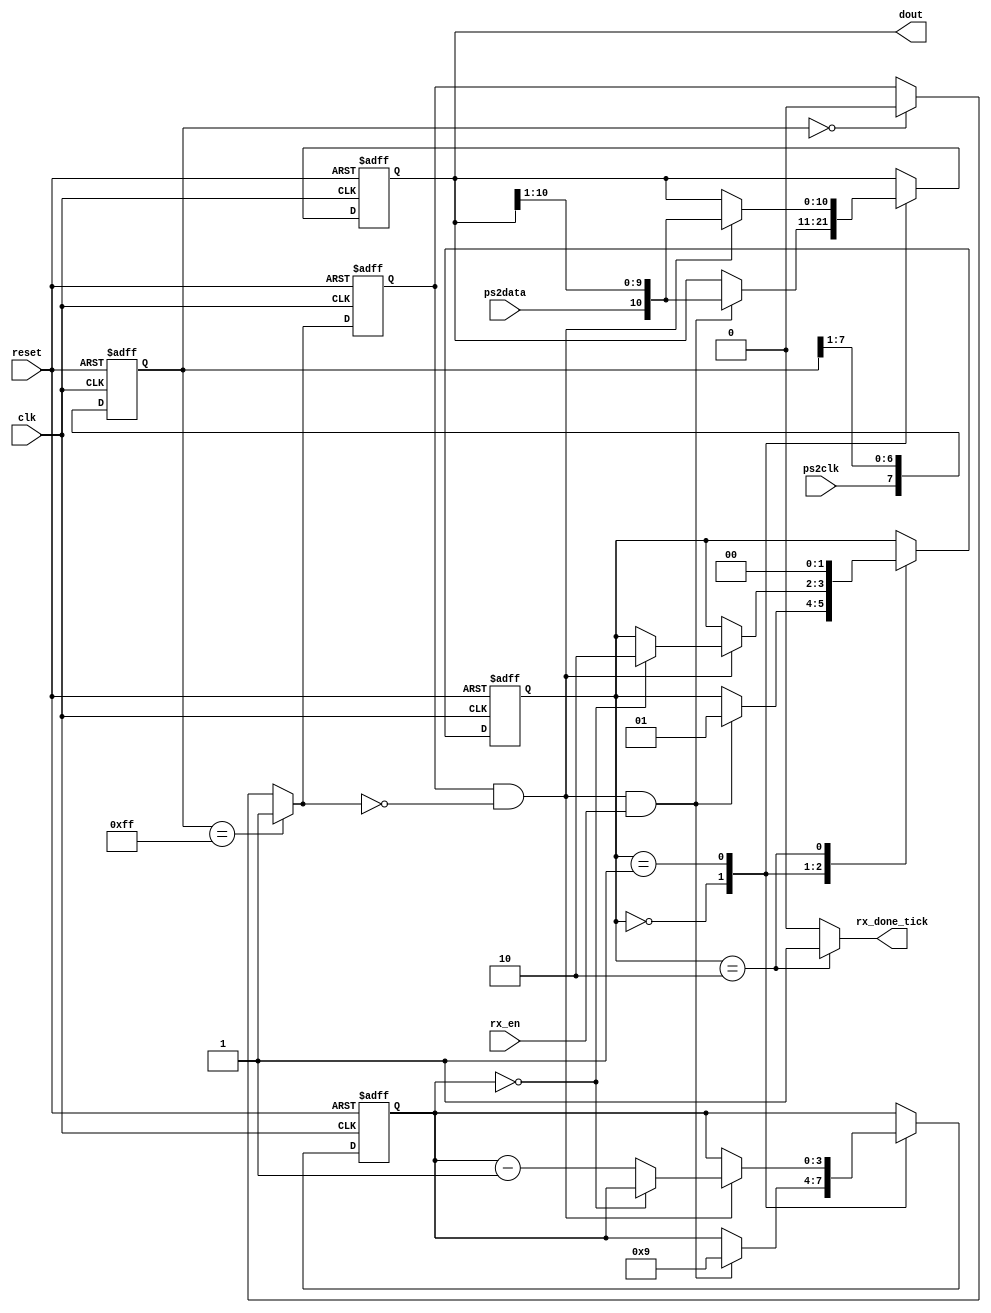
module receptor_teclado_ps2   
(
input wire clk, reset,
input wire ps2data, ps2clk, rx_en,
output reg rx_done_tick,
output wire [10:0] dout
);
localparam [1:0]
	idle = 2'b00,
	dps  = 2'b01,
	load = 2'b10;
reg [1:0] state_reg, state_next;
reg [7:0] filter_reg;
wire [7:0] filter_next;
reg f_ps2clk_reg;
wire f_ps2clk_next;
reg [3:0] n_reg, n_next;
reg [10:0] assembled_data_reg, assembled_data_next; 
wire fall_edge;
always @(posedge clk, posedge reset)
if (reset)
	begin
		filter_reg <= 0;
		f_ps2clk_reg <= 0;
	end
else
	begin
		filter_reg <= filter_next;
		f_ps2clk_reg <= f_ps2clk_next;
	end
assign filter_next = {ps2clk, filter_reg[7:1]};
assign f_ps2clk_next = (filter_reg==8'b11111111) ? 1'b1 :
							(filter_reg==8'b00000000) ? 1'b0 :
							 f_ps2clk_reg;
assign fall_edge = f_ps2clk_reg & ~f_ps2clk_next;
always @(posedge clk, posedge reset)
	if (reset)
		begin
			state_reg <= idle;
			n_reg <= 0;
			assembled_data_reg <= 0;
		end
	else
		begin
			state_reg <= state_next;
			n_reg <= n_next;
			assembled_data_reg <= assembled_data_next;
		end
always @*
begin
	state_next = state_reg;
	rx_done_tick = 1'b0;
	n_next = n_reg;
	assembled_data_next = assembled_data_reg;
	case (state_reg)
		idle:
			if (fall_edge & rx_en)
				begin
					assembled_data_next = {ps2data, assembled_data_reg[10:1]};
					n_next = 4'b1001;
					state_next = dps;
				end
		dps: 
			if (fall_edge)
				begin
					assembled_data_next = {ps2data, assembled_data_reg[10:1]};
					if (n_reg==0)
						state_next = load;
					else
						n_next = n_reg - 1'b1;
				end
		load: 
			begin
				state_next = idle;
				rx_done_tick = 1'b1;
			end
	endcase
end
assign dout = assembled_data_reg[10:0]; 
endmodule